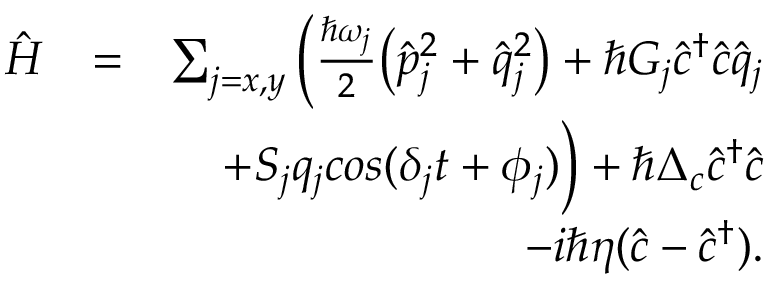
\begin{array} { r l r } { \hat { H } } & { = } & { \sum _ { j = x , y } \bigg ( \frac { \hbar \omega _ { j } } { 2 } \big ( \hat { p } _ { j } ^ { 2 } + \hat { q } _ { j } ^ { 2 } \big ) + \hbar G _ { j } \hat { c } ^ { \dag } \hat { c } \hat { q } _ { j } } \\ & { } & { + S _ { j } q _ { j } c o s ( \delta _ { j } t + \phi _ { j } ) \bigg ) + \hbar \Delta _ { c } \hat { c } ^ { \dag } \hat { c } } \\ & { } & { - i \hbar \eta ( \hat { c } - \hat { c } ^ { \dag } ) . } \end{array}